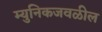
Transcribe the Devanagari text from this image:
म्युनिकजवळील